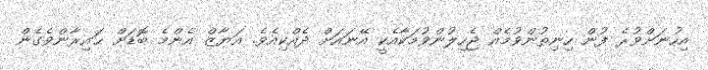
އިހުނަށްވުރެ ފުން ހިނިތުންވުމެއް ޖެހިލުންވުމަކާއެކީ އޭނައަށް ދެއްކިއެވެ. އަޔާޒް އެންމެ ބޮޑަށް ޙައިރާންވެގެން